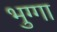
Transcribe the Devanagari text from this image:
भुग्गा